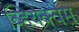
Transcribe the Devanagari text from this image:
व्हियेक्वेस